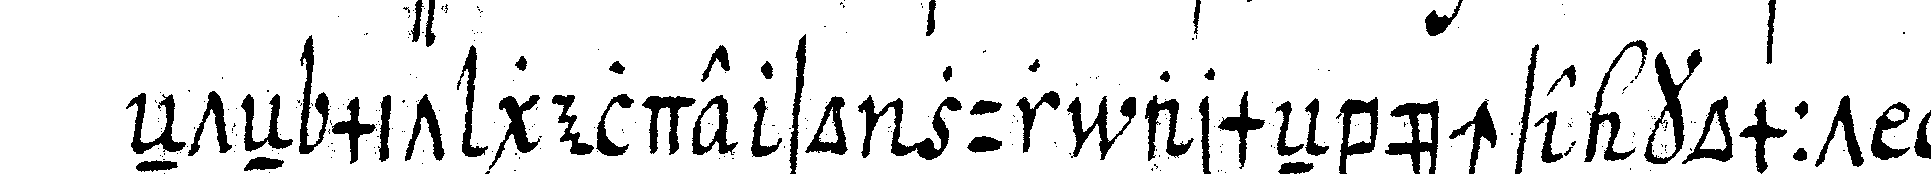
eNteN mit gelde so zur armeNbüchse kommt län